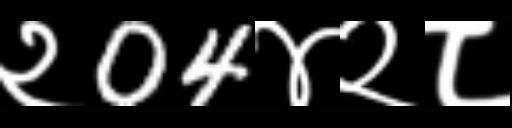
Text: २04४२८